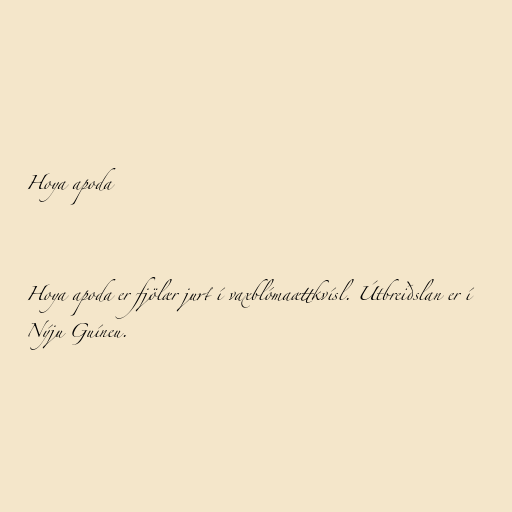
Hoya apoda

Hoya apoda er fjölær jurt í vaxblómaættkvísl. Útbreiðslan er í
Nýju Guíneu.